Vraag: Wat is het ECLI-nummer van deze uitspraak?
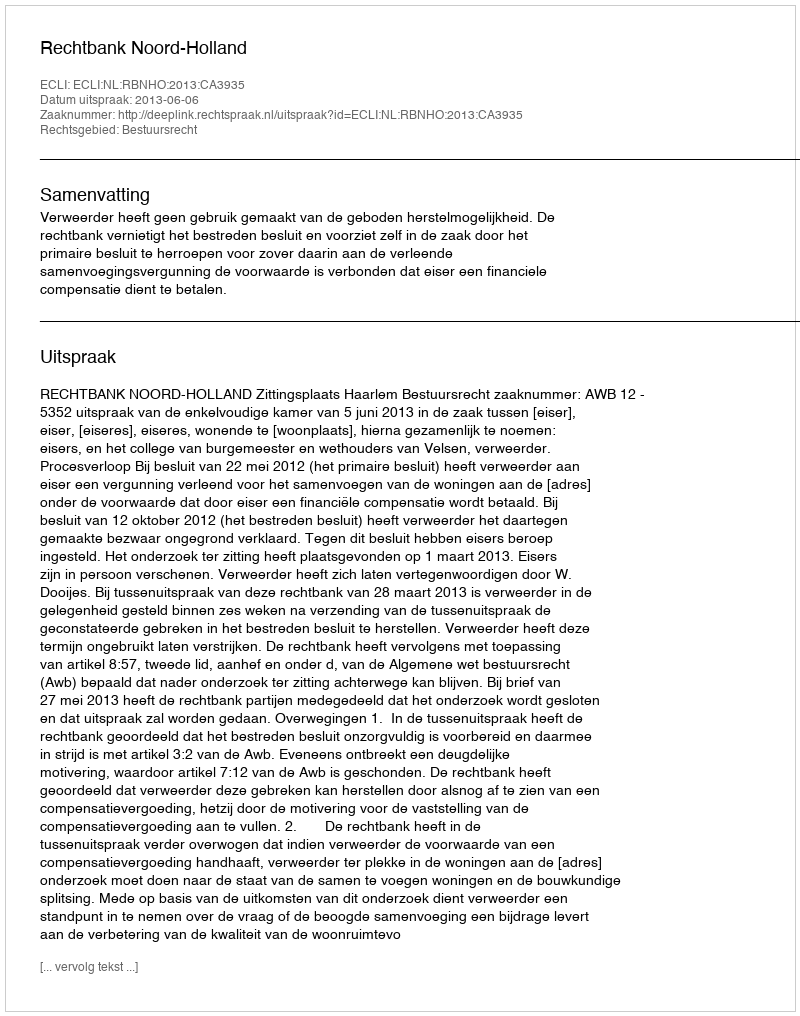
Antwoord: ECLI:NL:RBNHO:2013:CA3935